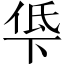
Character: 𫢵